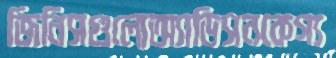
জিনিসগুলোঅ্যাডিসনকেগ্য